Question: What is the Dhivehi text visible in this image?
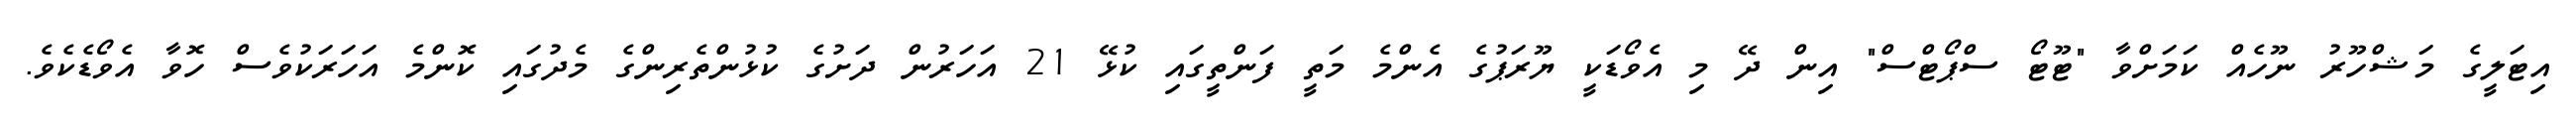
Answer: އިޓަލީގެ މަޝްހޫރު ނޫހެއް ކަމަށްވާ "ޓޫޓޯ ސްޕޯޓްސް" އިން ދޭ މި އެވޯޑަކީ ޔޫރަޕުގެ އެންމެ މަތީ ފަންތީގައި ކުޅޭ 21 އަހަރުން ދަށުގެ ކުޅުންތެރިންގެ މެދުގައި ކޮންމެ އަހަރަކުވެސް ހޮވާ އެވޯޑެކެވެ.